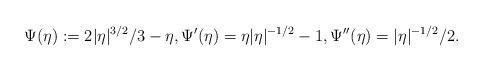
LaTeX: \begin{align*}\Psi(\eta):=2|\eta|^{3/2}/3-\eta,\Psi'(\eta)=\eta|\eta|^{-1/2}-1,\Psi''(\eta)=|\eta|^{-1/2}/2.\end{align*}